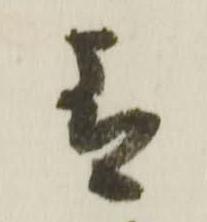
青